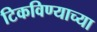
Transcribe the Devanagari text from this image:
टिकविण्याच्या